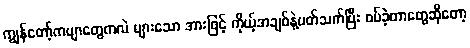
ကျွန်တော့်ကဗျာတွေကလဲ များသော အားဖြင့် ကိုယ့်အချစ်နဲ့ပတ်သက်ပြီး စပ်ခဲ့တာတွေဆိုတော့